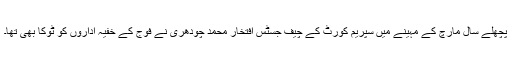
پچھلے سال مارچ کے مہینے میں سپریم کورٹ کے چیف جسٹس افتخار محمد چودھری نے فوج کے خفیہ اداروں کو ٹوکا بھی تھا۔